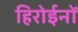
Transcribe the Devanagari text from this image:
हिरोईनों